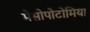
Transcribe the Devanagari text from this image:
मेसोपोटोमिया